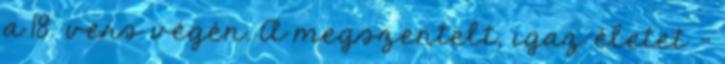
a 18. vers végén. A megszentelt, igaz életet -